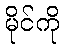
မိုင်ကို